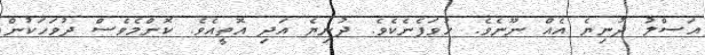
އަސްލު ދުނިޔެ އެއް ނޫނެވެ. ހުވަފެނެކެވެ. ދުނިޔެ އަދި އޮތީއެވެ. ކޮންމެވެސް ދުވަހަކުން